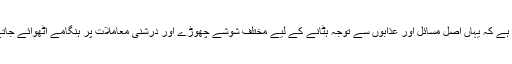
ستم یہ ہے کہ یہاں اصل مسائل اور عذابوں سے توجہ ہٹانے کے لیے مختلف شوشے چھوڑے اور درشنی معاملات پر ہنگامے اٹھوائے جاتے ہیں۔